Vaccination in the Punjab 1905-1918 - 1905-1918
Year: 1905
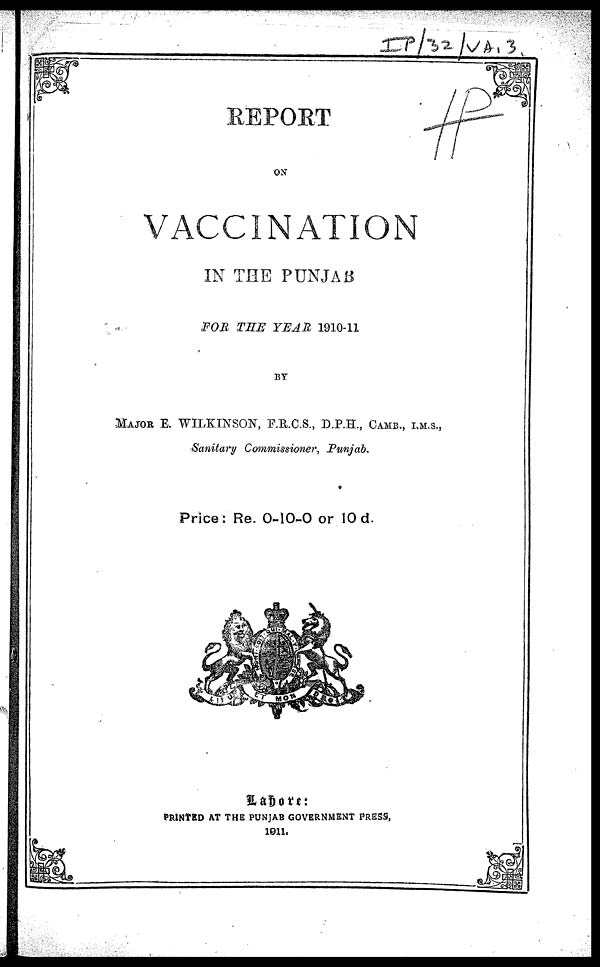
REPORT
ON
VACCINATION
IN THE PUNJAB
FOR THE YEAR 1910-11
BY
MAJOR E. WILKINSON, F.R.C.S., D.P.H., CAMB.,I . M. S,
Sanitary Commissioner, Punjab.
Price: Re. 0-10-0 or 10 d.
Lahore:
PRINTED AT THE PUNJAB GOVERNMENT PRESS,
1911.